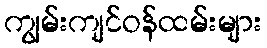
ကျွမ်းကျင်ဝန်ထမ်းများ